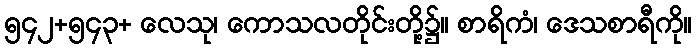
၅၄၂+၅၄၃+ လေသု၊ ကောသလတိုင်းတို့၌။ စာရိကံ၊ ဒေသစာရီကို။